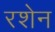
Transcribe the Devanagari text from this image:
रशेन